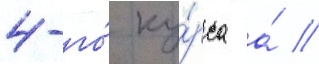
4-го́ ку́рса а́ //